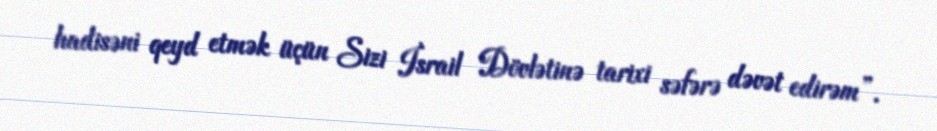
hadisəni qeyd etmək üçün Sizi İsrail Dövlətinə tarixi səfərə dəvət edirəm”.